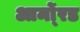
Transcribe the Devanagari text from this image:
आर्मो्रड